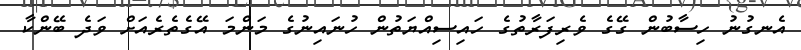
އެނގުނު ހިސާބުން ގޭގެ ވެރިފަރާތުގެ ހައިސިއްޔަތުން ހުނައިނުގެ މަންމަ އޭގެތެރެއަށް ވަދެ ބޭންކާ